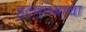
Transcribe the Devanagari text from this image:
हटवण्याचा